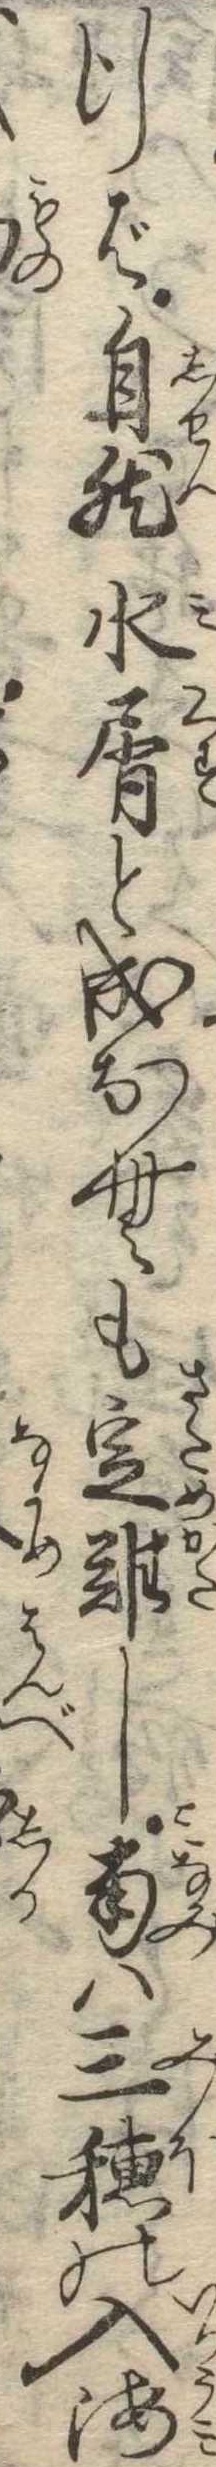
行ば自然水屑と成なむも定難し南は三穂の入海